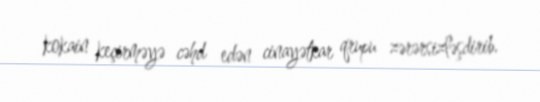
kokain keçirməyə cəhd edən cinayətkar qrupu zərərsizləşdirib.